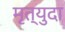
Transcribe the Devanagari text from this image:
मृत्युदा